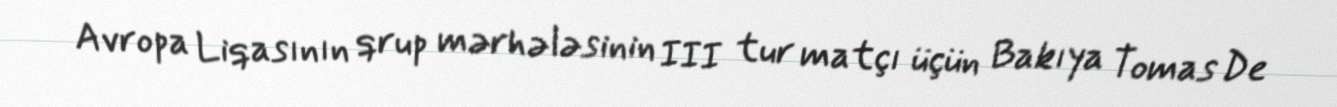
Avropa Liqasının qrup mərhələsinin III tur matçı üçün Bakıya Tomas De